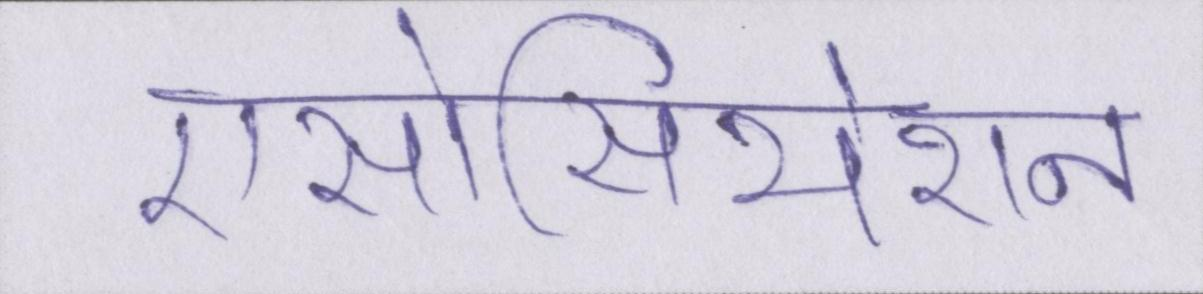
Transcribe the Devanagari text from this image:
एसोसियेशन